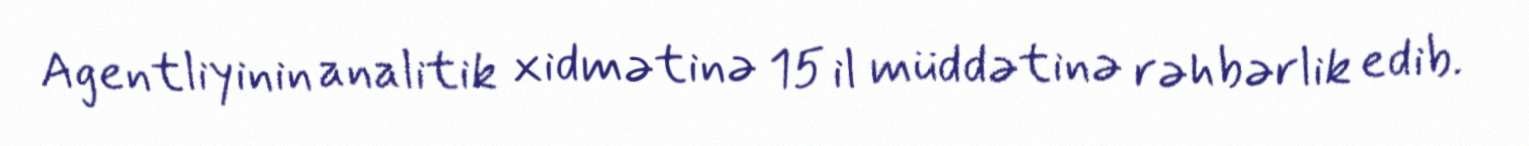
Agentliyinin analitik xidmətinə 15 il müddətinə rəhbərlik edib.